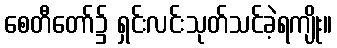
စေတီတော်၌ ရှင်းလင်းသုတ်သင်ခဲ့ရကျိုး။